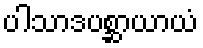
ပါသာဒပစ္ဆာယာယံ